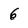
Character: 6